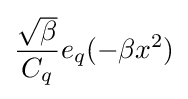
{{\sqrt {\beta }} \over C_{q}}e_{q}({-\beta x^{2}})